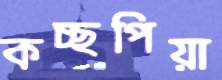
কচ্ছপিয়া